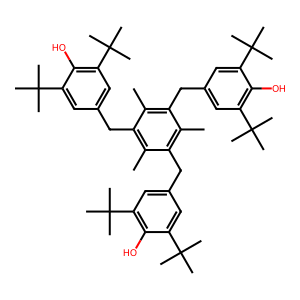
SMILES: Cc1c(Cc2cc(C(C)(C)C)c(O)c(C(C)(C)C)c2)c(C)c(Cc2cc(C(C)(C)C)c(O)c(C(C)(C)C)c2)c(C)c1Cc1cc(C(C)(C)C)c(O)c(C(C)(C)C)c1
Inhibits HIV replication: No